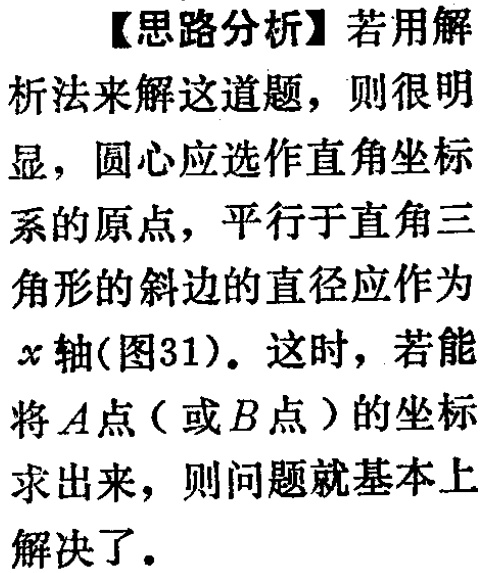
【思路分析】若用解析法来解这道题，则很明显，圆心应选作直角坐标系的原点，平行于直角三角形的斜边的直径应作为\(x\)轴(图31)。这时，若能将\(A\)点（或\(B\)点）的坐标求出来，则问题就基本上解决了。